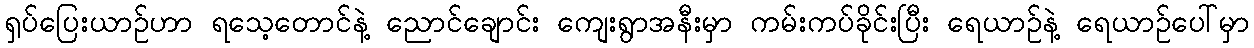
ရှပ်ပြေးယာဉ်ဟာ ရသေ့တောင်နဲ့ ညောင်ချောင်း ကျေးရွာအနီးမှာ ကမ်းကပ်ခိုင်းပြီး ရေယာဉ်နဲ့ ရေယာဉ်ပေါ်မှာ